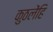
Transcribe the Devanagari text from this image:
कुठलेंहि